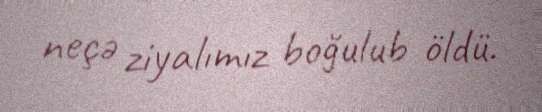
neçə ziyalımız boğulub öldü.